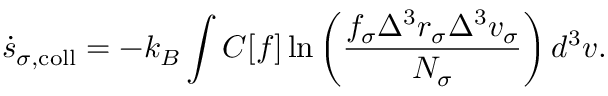
\dot { s } _ { \sigma , \mathrm { c o l l } } = - k _ { B } \int C [ f ] \ln \left( \frac { f _ { \sigma } \Delta ^ { 3 } r _ { \sigma } \Delta ^ { 3 } v _ { \sigma } } { N _ { \sigma } } \right) d ^ { 3 } v .